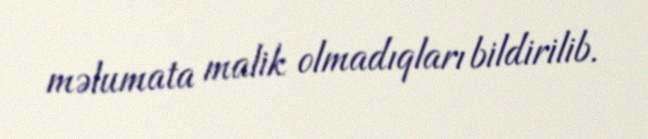
məlumata malik olmadıqları bildirilib.